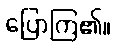
ပြောကြ၏။